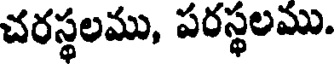
చరస్థలము, పరస్థలము.